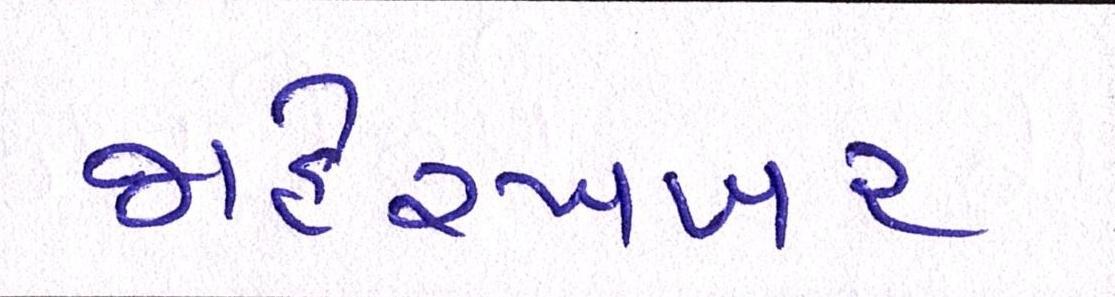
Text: જાહેરખબર